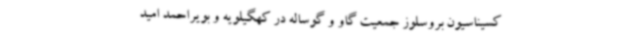
کسیناسیون بروسلوز جمعیت گاو و گوساله در کهگیلویه و بویراحمد امید